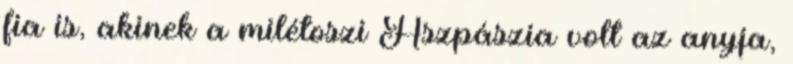
fia is, akinek a milétoszi Aszpászia volt az anyja,